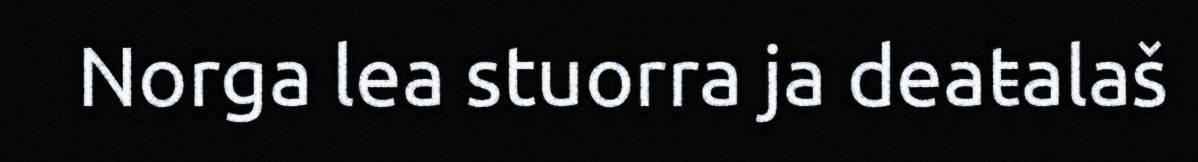
Norga lea stuorra ja deaŧalaš